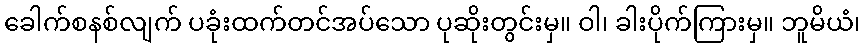
ခေါက်စနစ်လျက် ပခုံးထက်တင်အပ်သော ပုဆိုးတွင်းမှ။ ဝါ၊ ခါးပိုက်ကြားမှ။ ဘူမိယံ၊